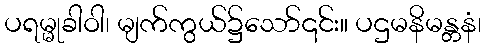
ပရမ္မုခါဝါ၊ မျက်ကွယ်၌သော်၎င်း။ ပဌမနိမန္တနံ၊